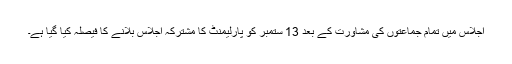
اجلاس میں تمام جماعتوں کی مشاورت کے بعد 13 ستمبر کو پارلیمنٹ کا مشترکہ اجلاس بلانے کا فیصلہ کیا گیا ہے۔